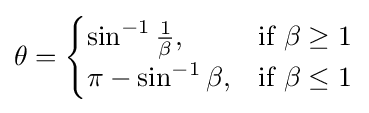
\theta ={\begin{cases}\sin ^{-1}{\frac {1}{\beta }},&{\text{if }}\beta \geq 1\\\pi -\sin ^{-1}{\beta },&{\text{if }}\beta \leq 1\end{cases}}